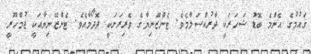
ޤައުމުގެ އެންމެ ބޮޑު ޝަހަރަކީ ދާރުއްސަލާމެވެ. ޓެންޒޭނިޔާގެ ވެރިރަށަކީ ދޮދޯމާއެވެ. ޓެންޒޭނިޔާއަކީ ޖުމްހޫރީ